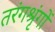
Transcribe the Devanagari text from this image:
तरंगश्रृंगों